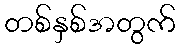
တစ်နှစ်အတွက်